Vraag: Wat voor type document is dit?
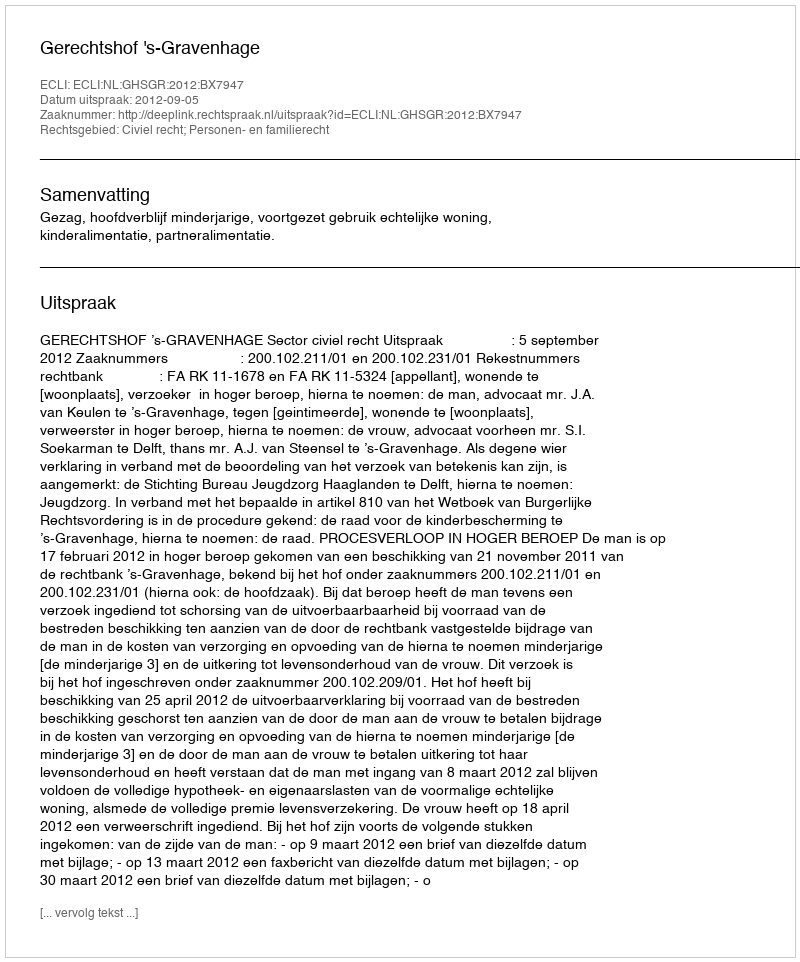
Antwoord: Uitspraak